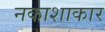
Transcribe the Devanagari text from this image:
नकाशाकार